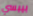
بيبسي